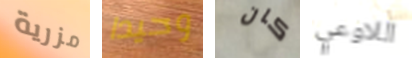
مزرية وحيدا كان اللاوعي